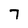
Character: 7